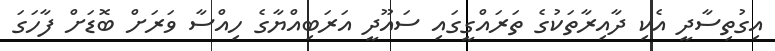
އިގުތިސާދީ އެކި ދާއިރާތަކުގެ ތަރައްގީގައި ސައޫދީ އަރަބިއްޔާގެ ހިއްސާ ވަރަށް ބޮޑަށް ފާހަގަ